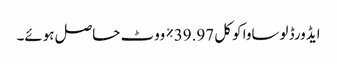
ایڈورڈ لوساوا کو کل 39.97٪ ووٹ حاصل ہوئے۔